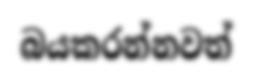
බයකරන්නවත්